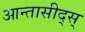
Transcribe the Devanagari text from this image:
आन्तासीद्स्